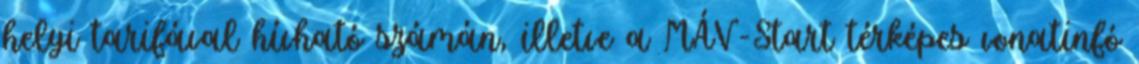
helyi tarifával hívható számán, illetve a MÁV-Start térképes vonatinfó